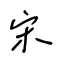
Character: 宋